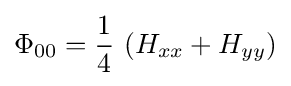
\Phi _{00}={\frac {1}{4}}\,\left(H_{xx}+H_{yy}\right)